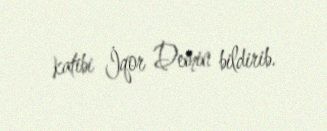
katibi İqor Demin bildirib.